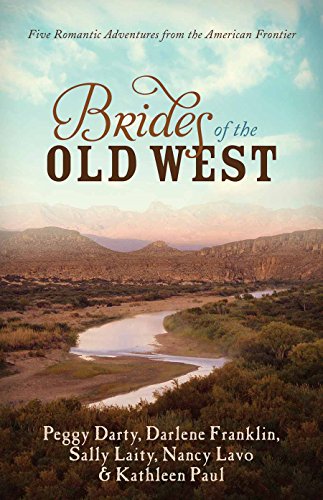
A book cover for Brides of the Old West: Five Romantic Adventures from the American Frontier; Darlene Franklin; Romance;